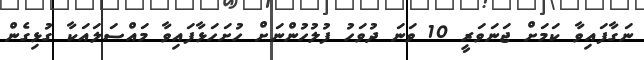
ނަގާފައިވާ ކަމަށް ޖަނަވަރީ 10 ވަނަ ދުވަހު ފުލުހުންނަށް ހުށަހަޅާފައިވާ މައްސަލައަކާ ގުޅިގެން